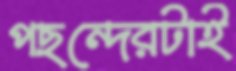
পছন্দেরটাই